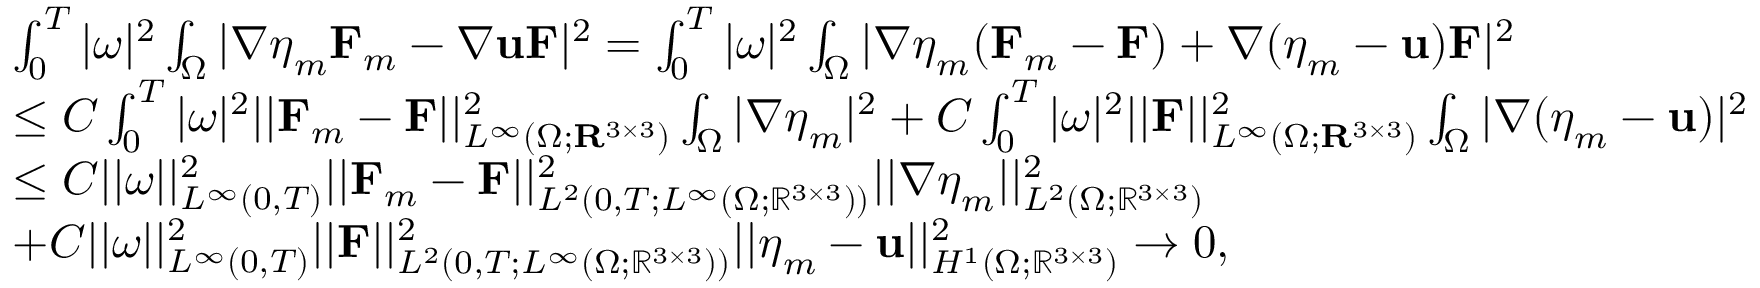
\begin{array} { r l } & { \int _ { 0 } ^ { T } | \omega | ^ { 2 } \int _ { \Omega } | \nabla \boldsymbol { \eta } _ { m } \mathbf { F } _ { m } - \nabla \mathbf { u } \mathbf { F } | ^ { 2 } = \int _ { 0 } ^ { T } | \omega | ^ { 2 } \int _ { \Omega } | \nabla \boldsymbol { \eta } _ { m } ( \mathbf { F } _ { m } - \mathbf { F } ) + \nabla ( \boldsymbol { \eta } _ { m } - \mathbf { u } ) \mathbf { F } | ^ { 2 } } \\ & { \leq C \int _ { 0 } ^ { T } | \omega | ^ { 2 } | | \mathbf { F } _ { m } - \mathbf { F } | | _ { L ^ { \infty } ( \Omega ; \mathbf { R } ^ { 3 \times 3 } ) } ^ { 2 } \int _ { \Omega } | \nabla \boldsymbol { \eta } _ { m } | ^ { 2 } + C \int _ { 0 } ^ { T } | \omega | ^ { 2 } | | \mathbf { F } | | _ { L ^ { \infty } ( \Omega ; \mathbf { R } ^ { 3 \times 3 } ) } ^ { 2 } \int _ { \Omega } | \nabla ( \boldsymbol { \eta } _ { m } - \mathbf { u } ) | ^ { 2 } } \\ & { \leq C | | \omega | | _ { L ^ { \infty } ( 0 , T ) } ^ { 2 } | | \mathbf { F } _ { m } - \mathbf { F } | | _ { L ^ { 2 } ( 0 , T ; L ^ { \infty } ( \Omega ; \mathbb { R } ^ { 3 \times 3 } ) ) } ^ { 2 } | | \nabla \boldsymbol { \eta } _ { m } | | _ { L ^ { 2 } ( \Omega ; \mathbb { R } ^ { 3 \times 3 } ) } ^ { 2 } } \\ & { + C | | \omega | | _ { L ^ { \infty } ( 0 , T ) } ^ { 2 } | | \mathbf { F } | | _ { L ^ { 2 } ( 0 , T ; L ^ { \infty } ( \Omega ; \mathbb { R } ^ { 3 \times 3 } ) ) } ^ { 2 } | | \boldsymbol { \eta } _ { m } - \mathbf { u } | | _ { H ^ { 1 } ( \Omega ; \mathbb { R } ^ { 3 \times 3 } ) } ^ { 2 } \to 0 , } \end{array}